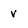
Character: v